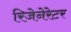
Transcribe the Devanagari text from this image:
रिजेनेरेटर